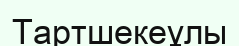
Тартшекеұлы